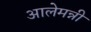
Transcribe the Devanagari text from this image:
आलेमन्नी